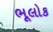
ભૂલોક